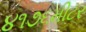
૪૧૭૬મીટર